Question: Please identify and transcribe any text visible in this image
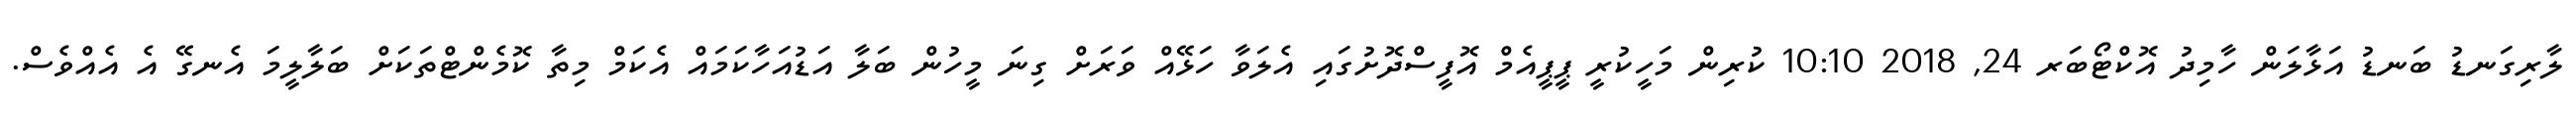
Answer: ލާރިގަނޑު ބަނޑު އަޅާލަން ހާމިދު އޮކްޓޯބަރ 24, 2018 10:10 ކުރިން މަހީކުރީ ޕީޕީއެމް އޮފީސްދޮށުގައި އެލަވާ ހަޅޭއް ވަރަށް ގިނަ މީހުން ބަލާ އަޑުއަހާކަމައް އެކަމް މިތާ ކޮމެންޓްތަކަށް ބަލާލީމަ އެނގޭ އެ އެއްވެސް.